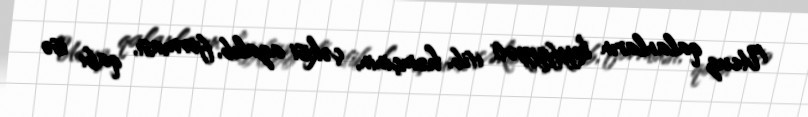
Ucuz qalanların keyfiyyəti itib, həmçinin, çəkisi azalıb, forması, qabı isə